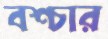
বশ্চার